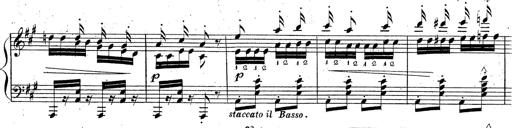
Title: Grande fantaisie sur la tyrolienne de l'opÃ©ra
Composer: Franz Liszt
Key: A major